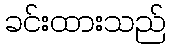
ခင်းထားသည်